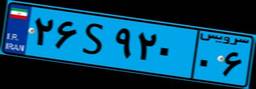
۲۶S۹۲۰۰۶